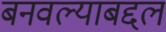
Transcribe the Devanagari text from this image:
बनवल्याबद्दल